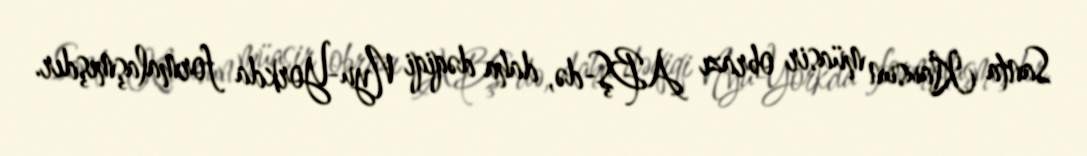
Santa Klausun müasir obrazı ABŞ-də, daha dəqiqi Nyu-Yorkda formalaşmışdır.